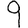
Digit: 9